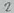
Text: 2